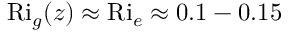
\mathrm { R i } _ { g } ( z ) \approx \mathrm { R i } _ { e } \approx 0 . 1 - 0 . 1 5